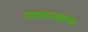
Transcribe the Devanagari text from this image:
उपमानखण्ड